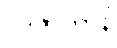
ပဒဇာတာနိ